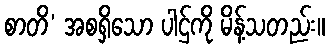
စာတိ’ အစရှိသော ပါဌ်ကို မိန့်သတည်း။